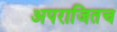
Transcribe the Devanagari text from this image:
अपराजितच